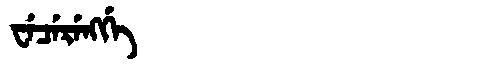
Manchu: ᠸᡝᠴᡝᡵᡝᠩᡤᡝ
Romanization: WECERENGGE